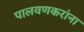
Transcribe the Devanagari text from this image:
पालवणकरांना